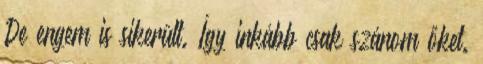
De engem is sikerült. Így inkább csak szánom őket.